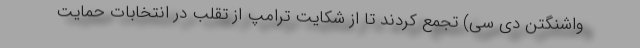
واشنگتن دی سی) تجمع کردند تا از شکایت ترامپ از تقلب در انتخابات حمایت